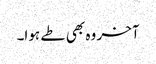
آخر وہ بھی طے ہوا۔